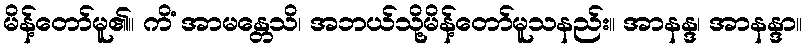
မိန့်တော်မူ၏။ ကိံ အာမန္တေသိ၊ အဘယ်သို့မိန့်တော်မူသနည်း။ အာနန္ဒ၊ အာနန္ဒာ။